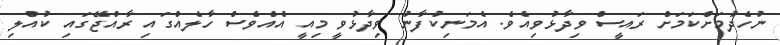
ނުހެދުމަށްކަމަށް ރައީސް ވިދާޅުވިއެވެ. އެމަނިކުފާނު ވިދާޅުވީ މިއީ އެއްވެސް ހާލެއްގައި ރާއްޖޭގައި ކުއްލި